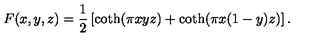
F ( x , y , z ) = \frac { 1 } { 2 } \left[ \coth ( \pi x y z ) + \coth ( \pi x ( 1 - y ) z ) \right] .